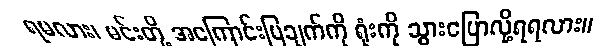
ရမလား၊ မင်းတို့ အကြောင်းပြချက်ကို ရုံးကို သွားပြောလို့ရရလား။